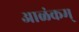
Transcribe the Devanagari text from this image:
आळंकम्